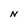
Character: N